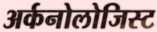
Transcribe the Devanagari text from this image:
अर्कनोलोजिस्ट